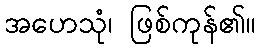
အဟေသုံ၊ ဖြစ်ကုန်၏။